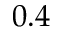
0 . 4